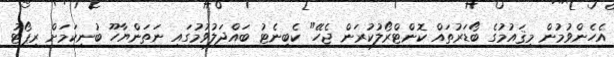
އެހެންވުމުން މިޤައުމުގެ ބޯޑަރުތައް ކޮންޓްރޯލުކުރަން ޖެހޭ" ކެބިނެޓު ބައްދަލުވުމުގައި ނަތަންޔާހޫ ބުނިކަމަށް ރިޕޯޓު